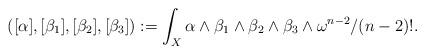
LaTeX: \begin{align*}([\alpha], [\beta_1], [\beta_2], [\beta_3]) := \int_{X}\alpha \wedge \beta_1 \wedge \beta_2 \wedge \beta_3 \wedge \omega^{n-2}/(n-2)!.\end{align*}